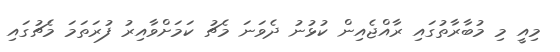
މިއީ މި މުބާރާތުގައި ރާއްޖެއިން ކުޅުނު ދެވަނަ މެޗު ކަމަށްވާއިރު ފުރަތަމަ މެޗުގައި